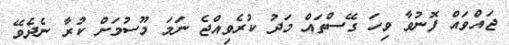
ޖައްވައް ފޮނުވާ ވިހަ ގޭސްތައް މަދު ކުރެވިއްޖެ ނަމަ މޫސުމަށް ކުރާ ނެދެވޭ